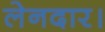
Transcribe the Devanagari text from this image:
लेनदार।